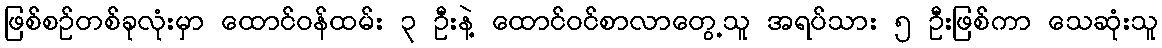
ဖြစ်စဉ်တစ်ခုလုံးမှာ ထောင်ဝန်ထမ်း ၃ ဦးနဲ့ ထောင်ဝင်စာလာတွေ့သူ အရပ်သား ၅ ဦးဖြစ်ကာ သေဆုံးသူ